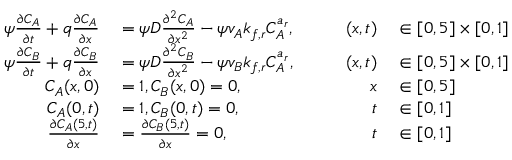
\begin{array} { r l r l } { \psi \frac { \partial C _ { A } } { \partial t } + q \frac { \partial C _ { A } } { \partial x } } & { { } = \psi D \frac { \partial ^ { 2 } C _ { A } } { \partial x ^ { 2 } } - \psi v _ { A } k _ { f , r } C _ { A } ^ { a _ { r } } , \qquad } & { ( x , t ) } & { { } \in [ 0 , 5 ] \times [ 0 , 1 ] } \\ { \psi \frac { \partial C _ { B } } { \partial t } + q \frac { \partial C _ { B } } { \partial x } } & { { } = \psi D \frac { \partial ^ { 2 } C _ { B } } { \partial x ^ { 2 } } - \psi v _ { B } k _ { f , r } C _ { A } ^ { a _ { r } } , \qquad } & { ( x , t ) } & { { } \in [ 0 , 5 ] \times [ 0 , 1 ] } \\ { C _ { A } ( x , 0 ) } & { { } = 1 , C _ { B } ( x , 0 ) = 0 , } & { x } & { { } \in [ 0 , 5 ] } \\ { C _ { A } ( 0 , t ) } & { { } = 1 , C _ { B } ( 0 , t ) = 0 , } & { t } & { { } \in [ 0 , 1 ] } \\ { \frac { \partial C _ { A } ( 5 , t ) } { \partial x } } & { { } = \frac { \partial C _ { B } ( 5 , t ) } { \partial x } = 0 , } & { t } & { { } \in [ 0 , 1 ] } \end{array}